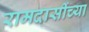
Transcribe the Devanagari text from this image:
रामदासींच्या